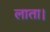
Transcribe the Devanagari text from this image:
लाता।